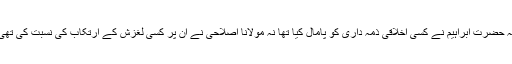
نہ حضرت ابراہیم نے کسی اخلاقی ذمہ داری کو پامال کیا تھا نہ مولانا اصلاحی نے ان پر کسی لغزش کے ارتکاب کی نسبت کی تھی۔